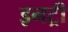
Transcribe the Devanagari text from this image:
इनट्री